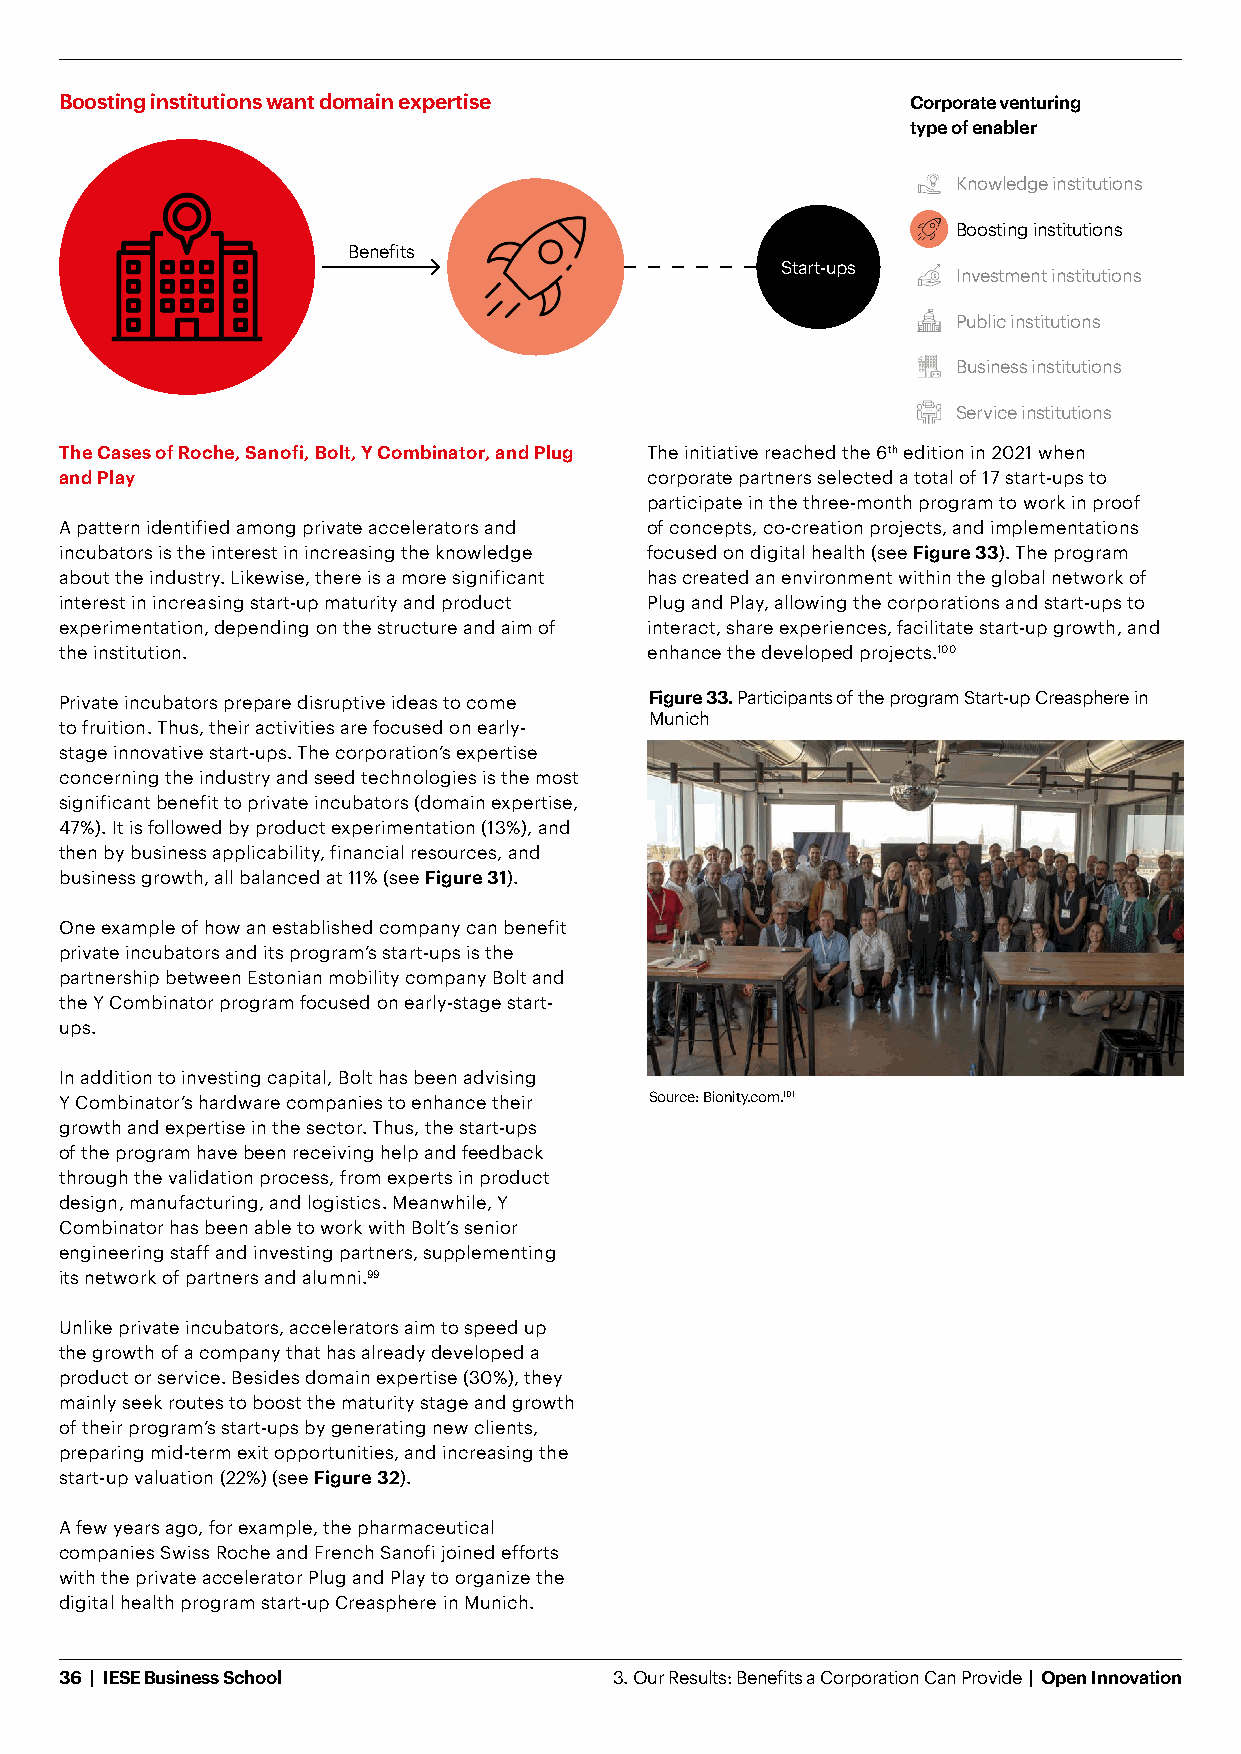
Boosting institutions want domain expertise             Corporate venturing
 type of enabler
 Knowledge institutions
 Boosting institutions
 Benefits
 Start-ups
 Investment institutions
 Public institutions
 Business institutions
 Service institutions
 The Cases of Roche, Sanofi, Bolt, Y Combinator, and Plug The initiative reached the 6th edition in 2021 when
 and Play                               corporate partners selected a total of 17 start-ups to
 participate in the three-month program to work in proof
 A pattern identified among private accelerators and of concepts, co-creation projects, and implementations
 incubators is the interest in increasing the knowledge focused on digital health (see Figure 33). The program
 about the industry. Likewise, there is a more significant has created an environment within the global network of
 interest in increasing start-up maturity and product Plug and Play, allowing the corporations and start-ups to
 experimentation, depending on the structure and aim of interact, share experiences, facilitate start-up growth, and
 the institution.                       enhance the developed projects.100
 Private incubators prepare disruptive ideas to come Figure 33. Participants of the program Start-up Creasphere in
 Munich
 to fruition. Thus, their activities are focused on early-
 stage innovative start-ups. The corporation’s expertise
 concerning the industry and seed technologies is the most
 significant benefit to private incubators (domain expertise,
 47%). It is followed by product experimentation (13%), and
 then by business applicability, financial resources, and
 business growth, all balanced at 11% (see Figure 31).
 One example of how an established company can benefit
 private incubators and its program’s start-ups is the
 partnership between Estonian mobility company Bolt and
 the Y Combinator program focused on early-stage start-
 ups.
 In addition to investing capital, Bolt has been advising
 Y Combinator’s hardware companies to enhance their Source: Bionity.com.101
 growth and expertise in the sector. Thus, the start-ups
 of the program have been receiving help and feedback
 through the validation process, from experts in product
 design, manufacturing, and logistics. Meanwhile, Y
 Combinator has been able to work with Bolt’s senior
 engineering staff and investing partners, supplementing
 its network of partners and alumni.99
 Unlike private incubators, accelerators aim to speed up
 the growth of a company that has already developed a
 product or service. Besides domain expertise (30%), they
 mainly seek routes to boost the maturity stage and growth
 of their program’s start-ups by generating new clients,
 preparing mid-term exit opportunities, and increasing the
 start-up valuation (22%) (see Figure 32).
 A few years ago, for example, the pharmaceutical
 companies Swiss Roche and French Sanofi joined efforts
 with the private accelerator Plug and Play to organize the
 digital health program start-up Creasphere in Munich.
 36 | IESE Business School            3. Our Results: Benefits a Corporation Can Provide | Open Innovation